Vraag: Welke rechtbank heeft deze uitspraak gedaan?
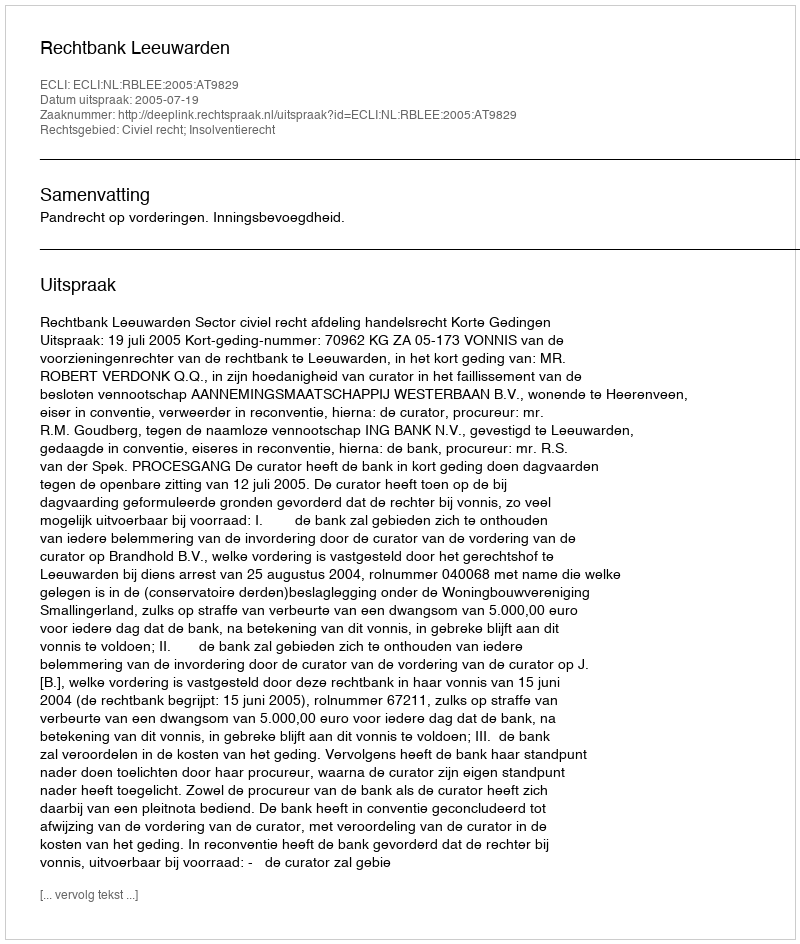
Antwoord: Rechtbank Leeuwarden